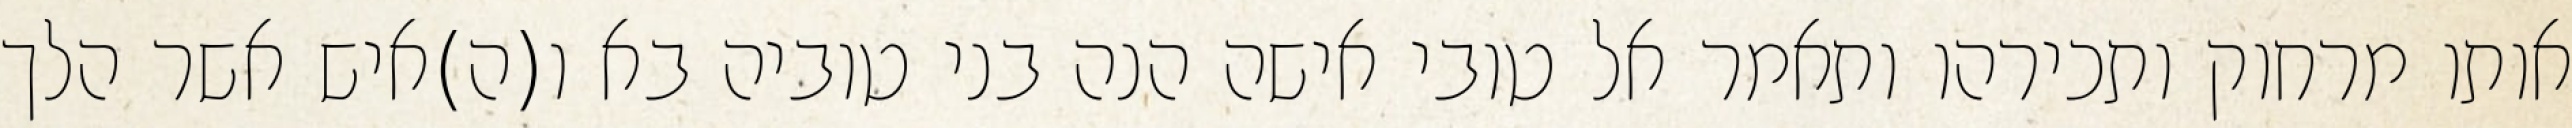
אותו מרחוק ותכירהו ותאמר אל טובי אישה הנה בני טוביה בא ו(ה)איש אשר הלך